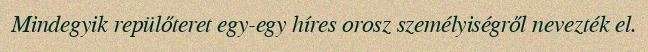
Mindegyik repülőteret egy-egy híres orosz személyiségről nevezték el.